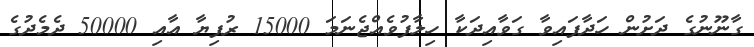
ގާނޫނުގެ ދަށުން ހަދާފައިވާ ގަވާއިދަކާ ހިލާފުވެއްޖެނަމަ 15000 ރުފިޔާ އާއި 50000 ދެމެދުގެ